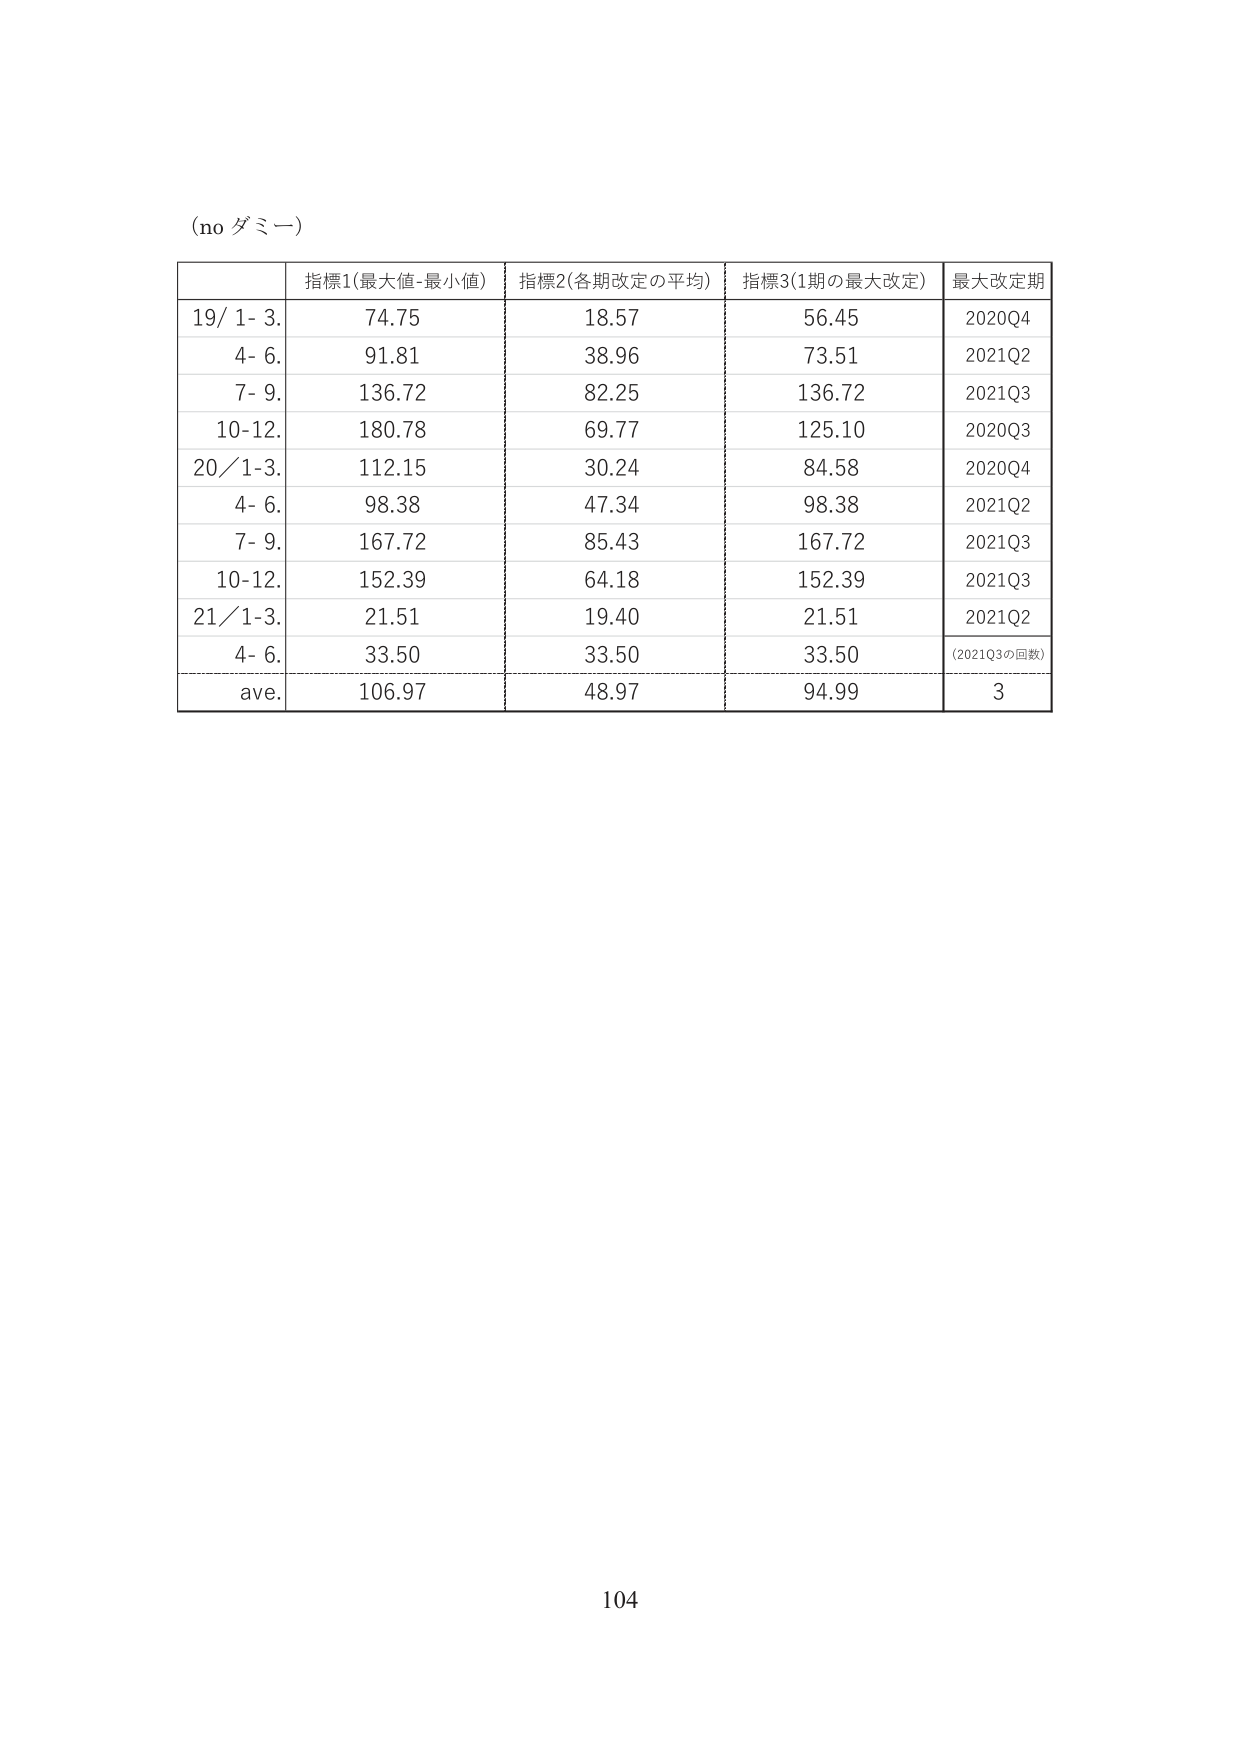
(no ダミー)

指標1(最大値-最小値) 指標2(各期改定の平均) 指標3(1期の最大改定) 最大改定期
19/ 1- 3. 74.75 18.57 56.45 2020Q4
4- 6. 91.81 38.96 73.51 2021Q2
7- 9. 136.72 82.25 136.72 2021Q3
10-12. 180.78 69.77 125.10 2020Q3
20/ 1-3. 112.15 30.24 84.58 2020Q4
4- 6. 98.38 47.34 98.38 2021Q2
7- 9. 167.72 85.43 167.72 2021Q3
10-12. 152.39 64.18 152.39 2021Q3
21/ 1-3. 21.51 19.40 21.51 2021Q2
4- 6. 33.50 33.50 33.50 (2021Q3の回数)
ave. 106.97 48.97 94.99 3

104